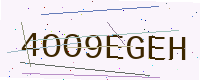
Text: 4OO9EGEH